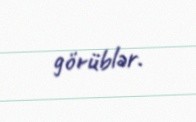
görüblər.